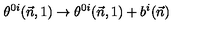
\theta ^ { 0 i } ( \vec { n } , 1 ) \to \theta ^ { 0 i } ( \vec { n } , 1 ) + b ^ { i } ( \vec { n } )